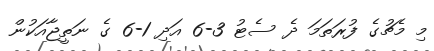
މި މެޗުގެ ފުރަތަމަ ދެ ސެޓު 3-6 އަދި 1-6 ގެ ނަތީޖާއަކުން